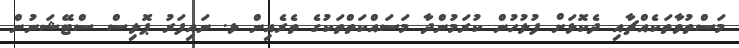
މަސްތުވާތަކެއްޗާއި ދެކޮޅަށް ފުލުހުން ކުރަމުންދާ މަސައްކަތްތަކުގެ ތެރެއިން ޅ. ނައިފަރު ޕޮލިސް ސްޓޭޝަނުން